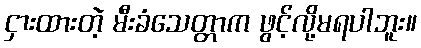
ငှားထားတဲ့ မီးခံသေတ္တာက ဖွင့်လို့မရပါဘူး။